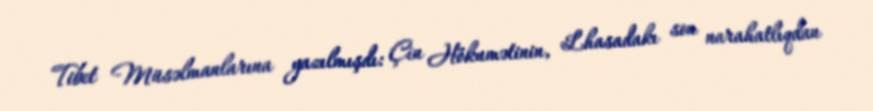
Tibet Müsəlmanlarına yazılmışdı: Çin Hökumətinin, Lhasadakı son narahatlıqdan